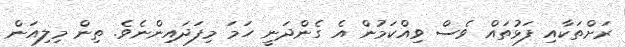
ރަށްތަކާއި ފަޅުތައް ވެސް ވިއްކަމުން އެ ގެންދަނީ ހަމަ މިފަދައިންނެވެ. ތިން މިލިއަން